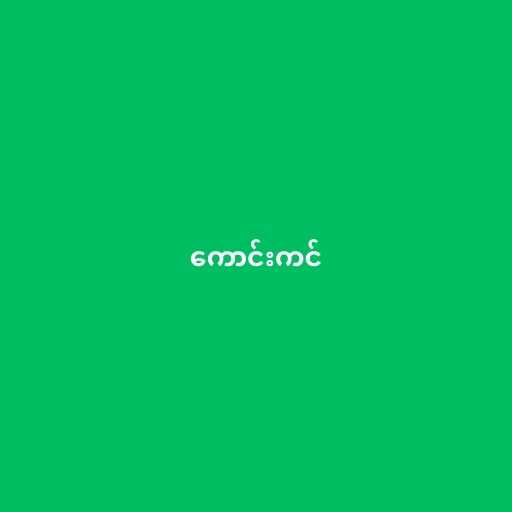
ကောင်းကင်